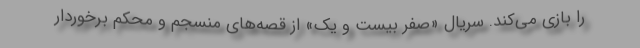
را بازی می‌کند. سریال «صفر بیست و یک» از قصه‌های منسجم و محکم برخوردار